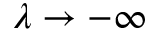
\lambda \to - \infty